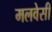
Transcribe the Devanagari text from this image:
मलवेसी